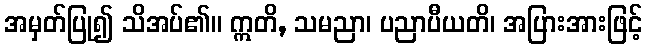
အမှတ်ပြု၍ သိအပ်၏။ ဣတိ, သမညာ၊ ပညာပီယတိ၊ အပြားအားဖြင့်